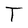
Character: T